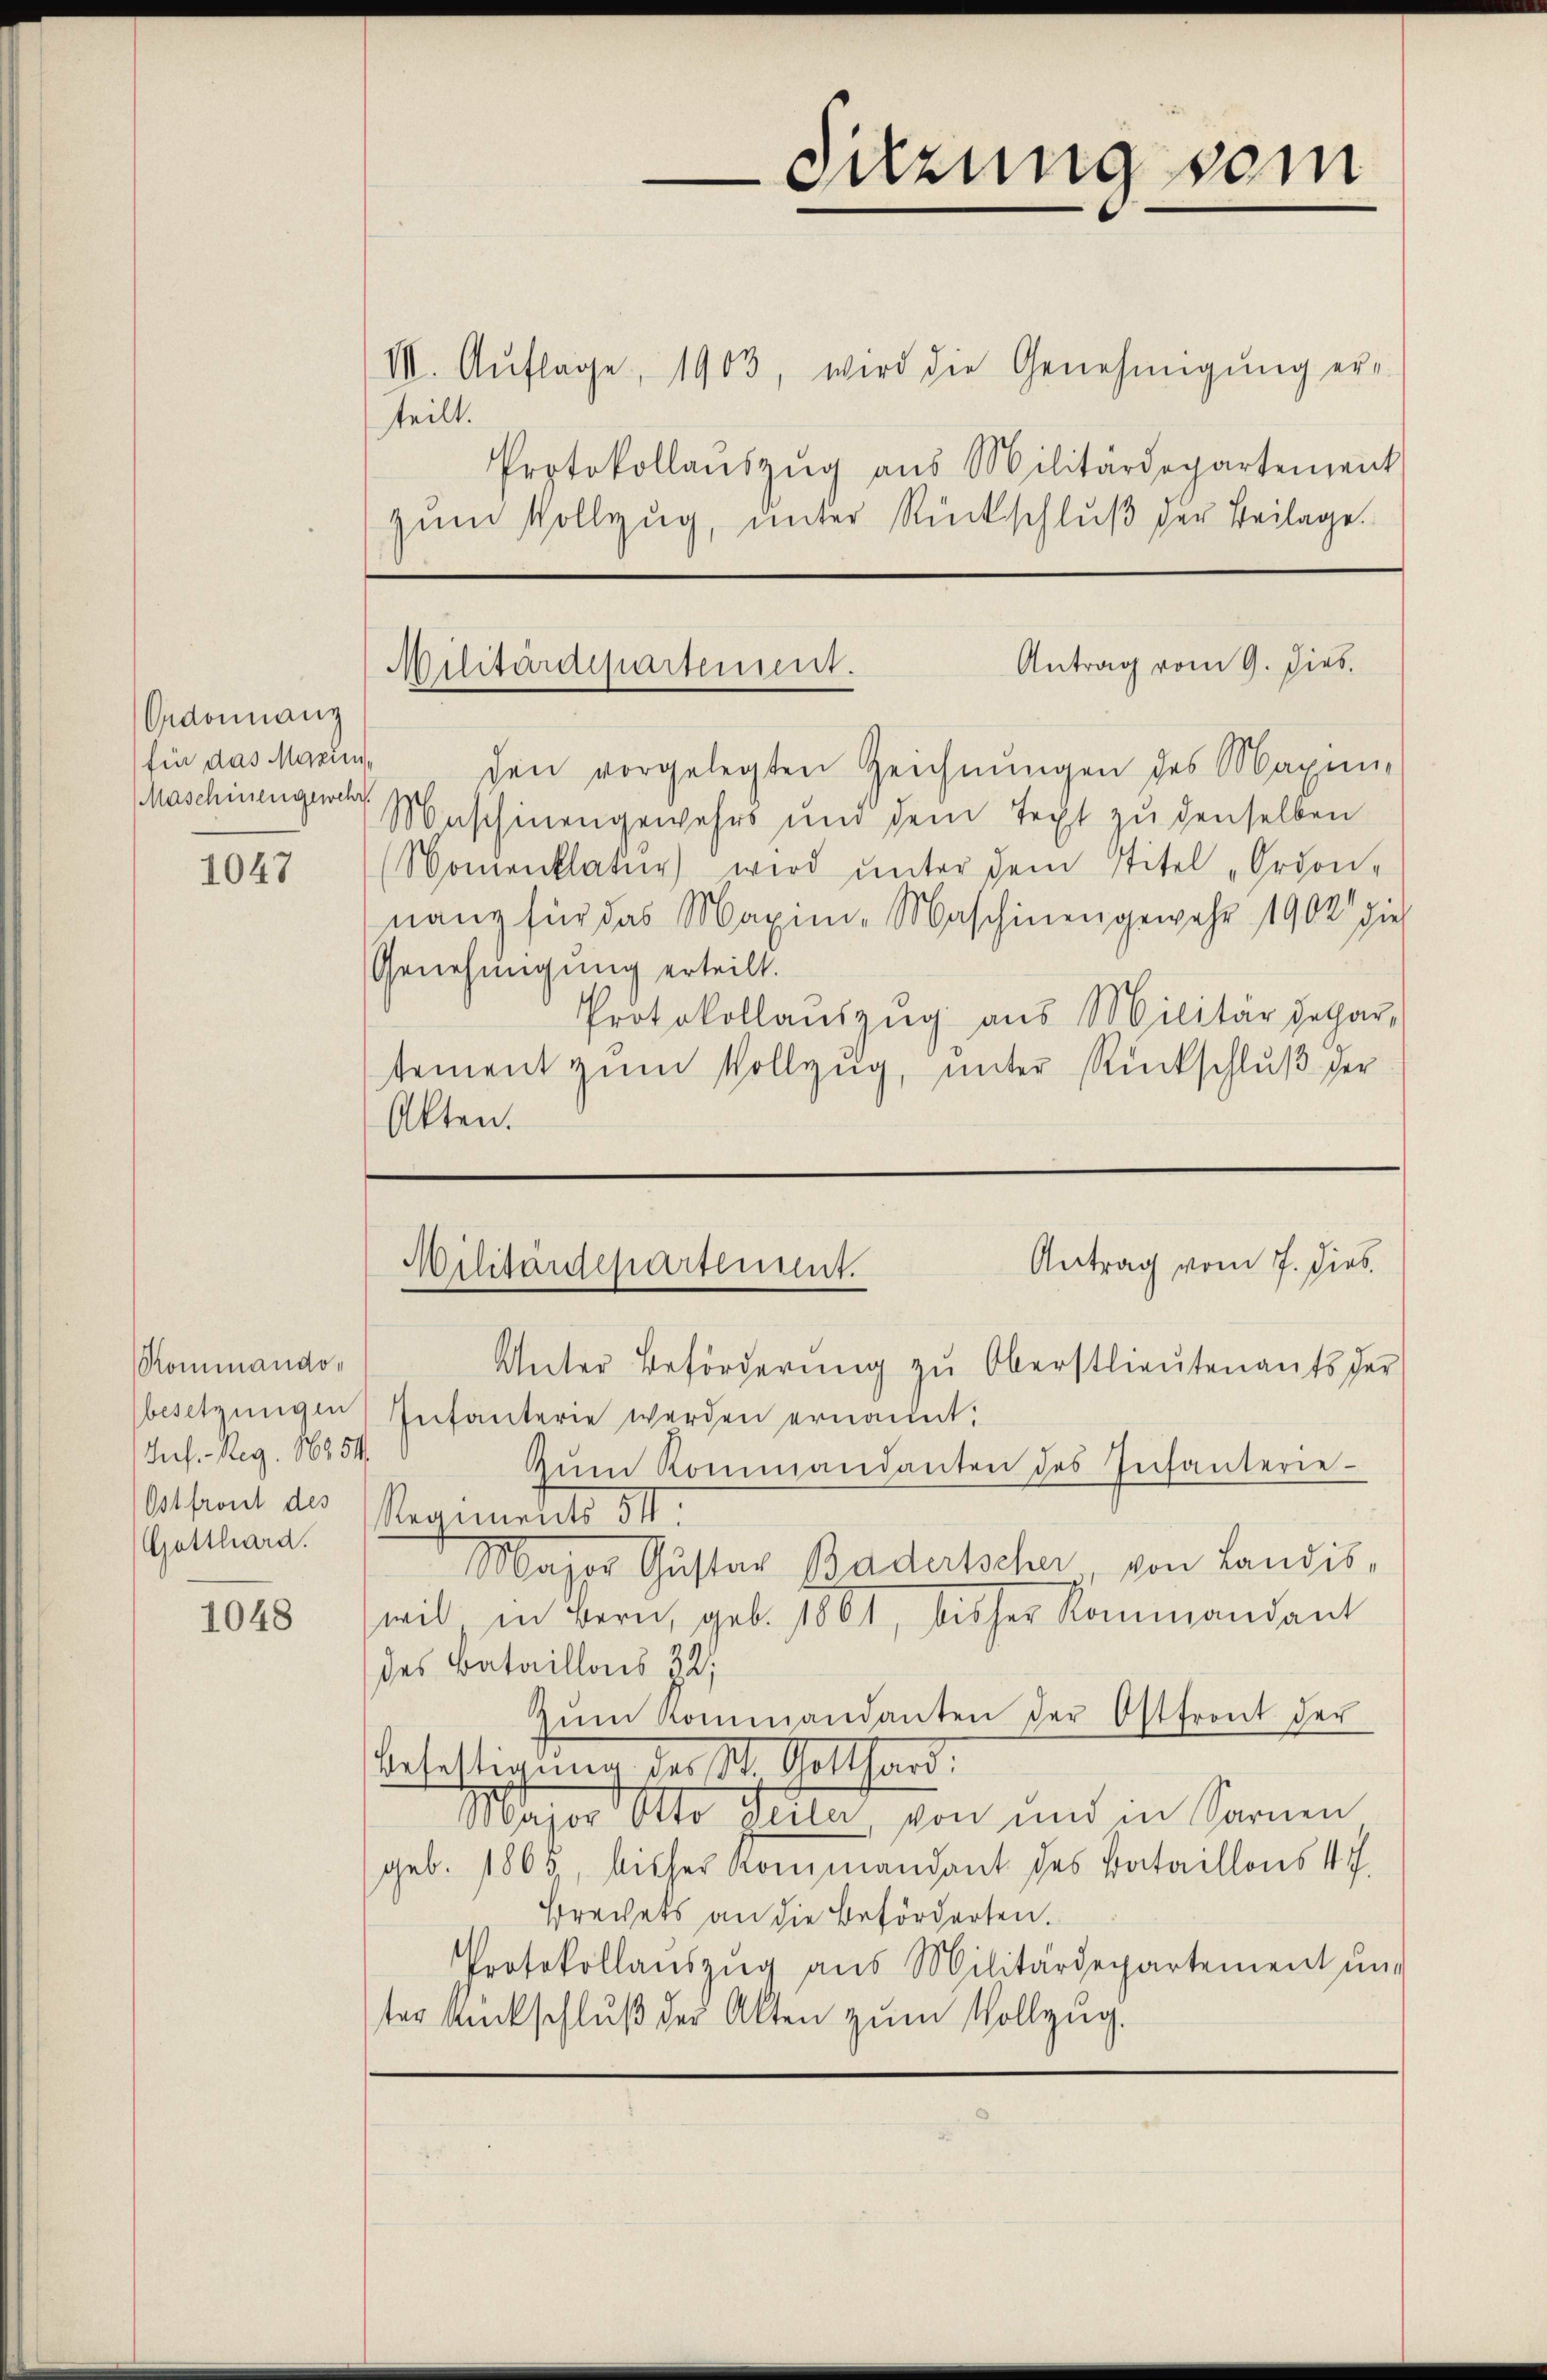
Ordonnanz
für das Marien,
Maschinengewehr

1047

Kommando,
Iuf. - Reg. 16854
Gotthard.

1048

VII. Aŭflage, 1903, wird die Genehmigŭng erteilt.
Protokollauszug aus Militärdepartement
zum Vollzug, unter Rückschluß der Beilage.

Sitzung vom

den vorgelegten Zeichnŭngen des Magin-
Maschinengewehrs und dem Text zŭ denselben
Monienklatur wird ŭnter dem Titel „Ordon-
nang für das Maximi- Maschinengewahr 1902 gie
Genehmigung erteilt.
Protokollauszug aus Militärdepar-
stement zum Vollzug, unter Rückschluß der
Akten.

Antrag vom 9. dies.
Militärdepartement.

Unter Beförderŭng zŭ Oberstlieutenants der
besitzungen Infanterie werden ernannt:
Zŭm Kommandanten des Infanterie-
Otfront des Regiments 511.
Major Gustav Badertsche von Landis,
wil in Bern, geb. 1801, bisher Kommandant
des Bataillois 32;
zŭm Kommandanten der Ostfront der
Befestigung der St. Gotthard.
Major Otto Teile von und in Sarnen
geb. 1865, bisher Kommandant des Bataillons 4.
Brechets an die Beförderten.
Protokollaŭszŭg aŭs Militärdepartement un
ter Rückschluß der Akten zum Vollzug.

Antrag vom 7. dies
Wilitärdepartement.